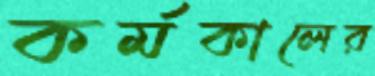
কর্মকালের